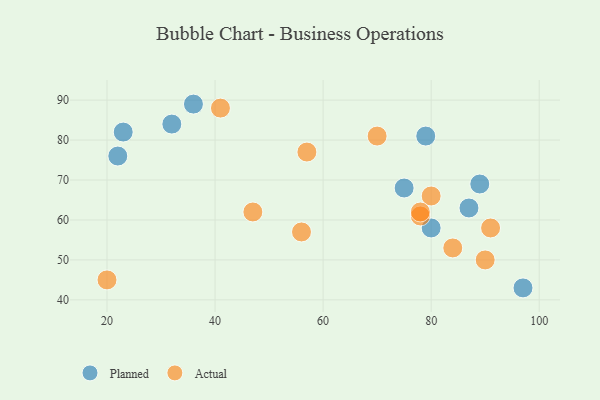
{"axis": {"x": "GDP", "y": "Life Expectancy"}, "legend": ["Actual", "Planned"], "data": [{"x": "79", "y": 81, "type": "Planned"}, {"x": "32", "y": 84, "type": "Planned"}, {"x": "75", "y": 68, "type": "Planned"}, {"x": "89", "y": 69, "type": "Planned"}, {"x": "22", "y": 76, "type": "Planned"}, {"x": "80", "y": 58, "type": "Planned"}, {"x": "97", "y": 43, "type": "Planned"}, {"x": "36", "y": 89, "type": "Planned"}, {"x": "23", "y": 82, "type": "Planned"}, {"x": "87", "y": 63, "type": "Planned"}, {"x": "90", "y": 50, "type": "Actual"}, {"x": "78", "y": 61, "type": "Actual"}, {"x": "80", "y": 66, "type": "Actual"}, {"x": "78", "y": 62, "type": "Actual"}, {"x": "84", "y": 53, "type": "Actual"}, {"x": "56", "y": 57, "type": "Actual"}, {"x": "41", "y": 88, "type": "Actual"}, {"x": "47", "y": 62, "type": "Actual"}, {"x": "91", "y": 58, "type": "Actual"}, {"x": "70", "y": 81, "type": "Actual"}, {"x": "20", "y": 45, "type": "Actual"}, {"x": "57", "y": 77, "type": "Actual"}]}